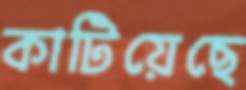
কাটিয়েছে